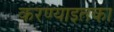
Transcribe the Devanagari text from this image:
करण्याइतका